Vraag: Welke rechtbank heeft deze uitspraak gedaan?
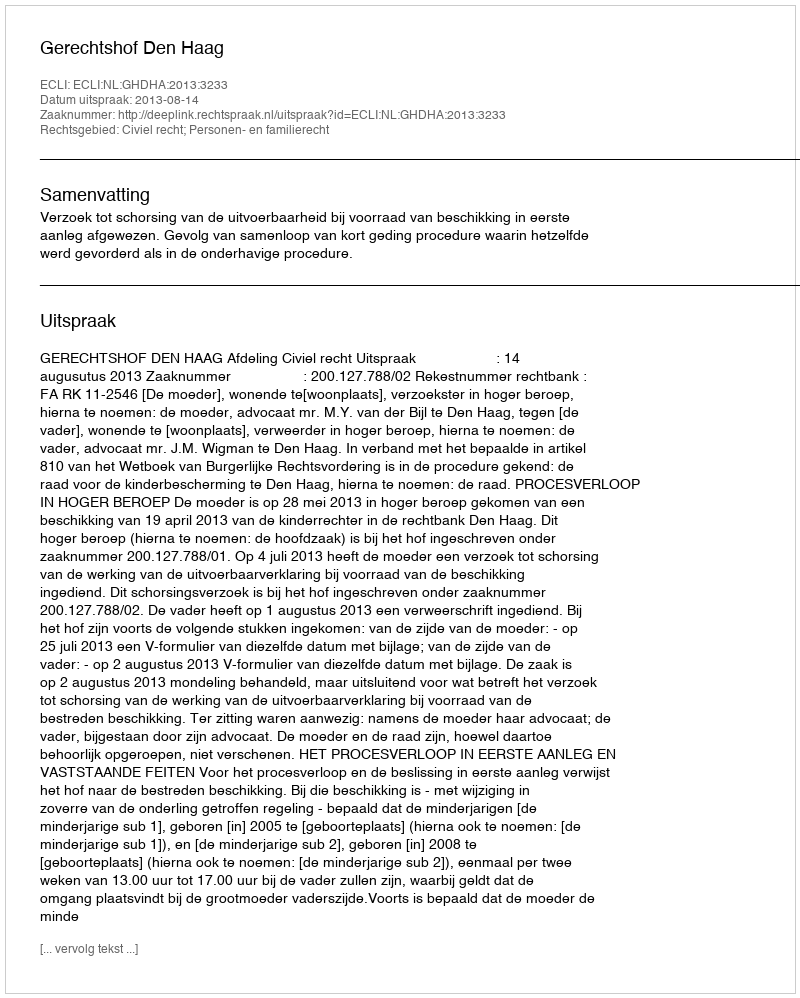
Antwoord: Gerechtshof Den Haag